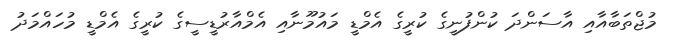
މުޖްތަބާއާއި އާސަންދަ ކުންފުނީގެ ކުރީގެ އެމްޑީ މައުމޫނާއި އެމްއާރުޑީސީގެ ކުރީގެ އެމްޑީ މުހައްމަދު